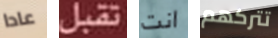
عادا تقبل انت تتركهم